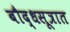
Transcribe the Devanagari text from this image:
बौद्धसूत्रात